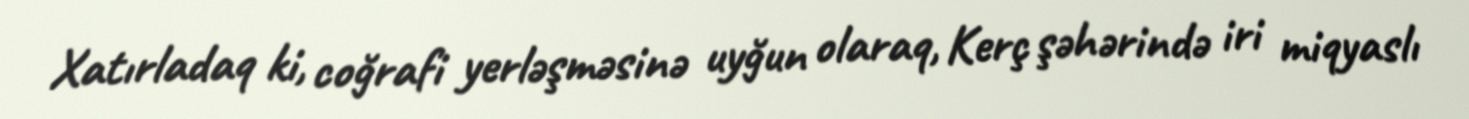
Xatırladaq ki, coğrafi yerləşməsinə uyğun olaraq, Kerç şəhərində iri miqyaslı